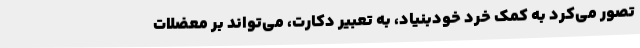
تصور می‌کرد به کمک خرد خودبنیاد، به تعبیر دکارت، می‌تواند بر معضلات